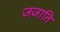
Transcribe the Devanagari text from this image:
जजाति